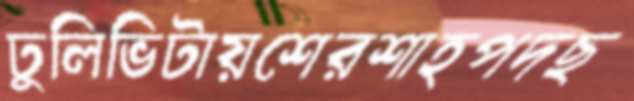
ঢুলিভিটায়শেরশাহপদছ